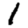
Digit: 1